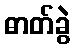
ဓာတ်ခွဲ